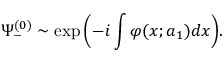
\Psi _ { - } ^ { ( 0 ) } \sim \exp { \left( - i \int \varphi ( x ; a _ { 1 } ) d x \right) } .